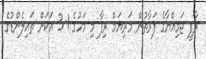
ރާފީ ޖަމިއްޔާގެ ފަރާތުން މަރިޔަމް ރިފާ މި މަހުގެ 1-3 އަކަށް ތައިލެންޑުގެ